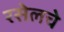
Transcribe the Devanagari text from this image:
रसेलचे